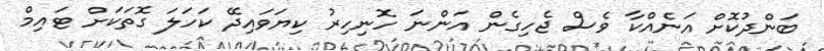
ބަންދުކޮށް އަނެއްކާ ވެސް ޖެހިގެން އަންނަ ހޮނިހިރު ކިޔަވައިދޭ ކަހަލަ ގޮތަކަށް ޓައިމް